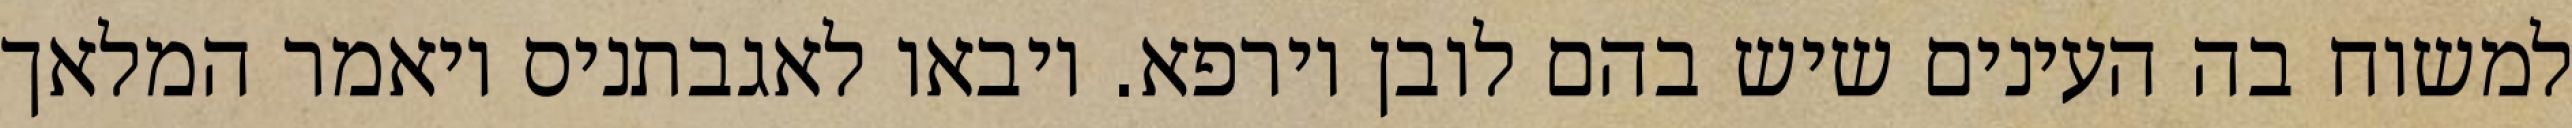
למשוח בה העינים שיש בהם לובן וירפא. ויבאו לאגבתניס ויאמר המלאך